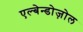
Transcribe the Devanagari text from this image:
एल्बेन्डोज़ोल